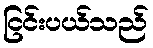
ငြင်းပယ်သည်